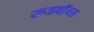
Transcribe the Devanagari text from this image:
रूडबॉय्स